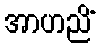
အာဟညိံ